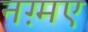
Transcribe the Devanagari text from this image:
नग़्मए